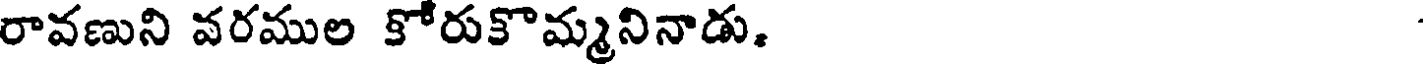
రావణుని వరముల కోరుకొమ్మనినాడు.